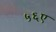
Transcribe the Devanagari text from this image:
५६ए